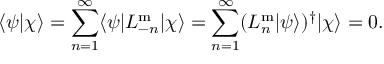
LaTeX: \langle \psi | \chi \rangle = \sum _ { n = 1 } ^ { \infty } \langle \psi | L _ { - n } ^ { \mathrm { m } } | \chi \rangle = \sum _ { n = 1 } ^ { \infty } ( L _ { n } ^ { \mathrm { m } } | \psi \rangle ) ^ { \dagger } | \chi \rangle = 0 .